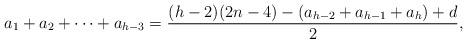
LaTeX: \begin{align*}a_1+a_2+\cdots+a_{h-3}=\frac{(h-2)(2n-4)-(a_{h-2}+a_{h-1}+a_h)+d}{2},\end{align*}